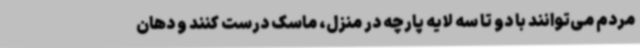
مردم می‌توانند با دو تا سه لایه پارچه در منزل، ماسک درست کنند و دهان